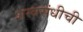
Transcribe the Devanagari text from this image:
शस्त्रसंधीची